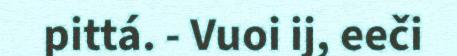
pittá. - Vuoi ij, eeči